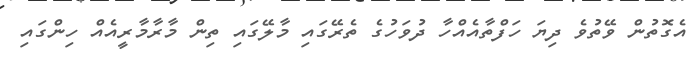
އެގޮތުން ވޭތުވެ ދިޔަ ހަފްތާއެއްހާ ދުވަހުގެ ތެރޭގައި މާލޭގައި ތިން މާރާމާރީއެއް ހިންގައި